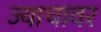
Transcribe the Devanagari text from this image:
ज्याचावर